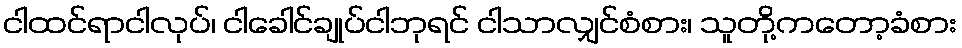
ငါထင်ရာငါလုပ်၊ ငါခေါင်ချုပ်ငါဘုရင် ငါသာလျှင်စံစား၊ သူတို့ကတော့ခံစား